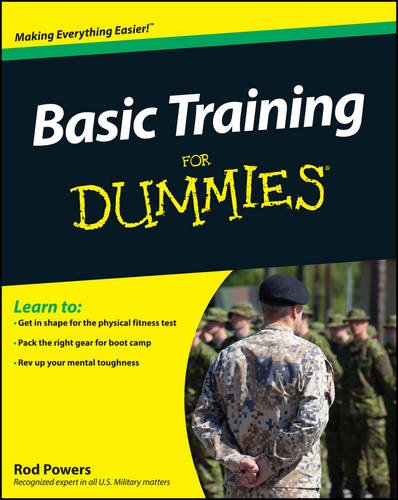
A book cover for Basic Training for Dummies; Rod Powers; Test Preparation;